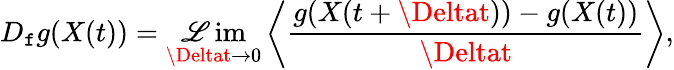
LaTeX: D_{\mathtt{f}}g(X(t))=\operatorname*{\mathscr{L}im}_{\Deltat\rightarrow0}\left<\frac{{g(X(t+\Deltat))-g(X(t))}}{{\Deltat}}\right>,